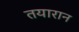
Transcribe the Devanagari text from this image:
तयारान